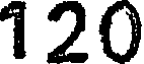
120